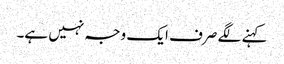
کہنے لگے صرف ایک وجہ نہیں ہے۔